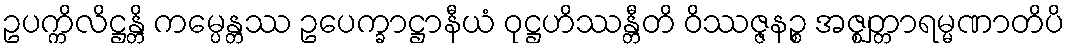
ဥပက္ကိလိဋ္ဌန္တိ ကမ္ပေန္တဿ ဥပေက္ခာဋ္ဌာနီယံ ဝုဋ္ဌဟိဿန္တီတိ ဝိဿဇ္ဇနဉ္စ အဇ္ဈတ္တာရမ္မဏာတိပိ